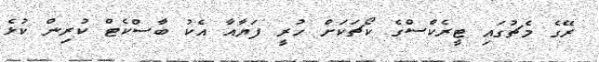
ރޭގެ މެޗުގައި ޓީރެކްސްގެ ކޯޗަކަށް ހުރީ ފަޔާއާ އެކު ބާސްކެޓް ކުރިން ކުޅެ